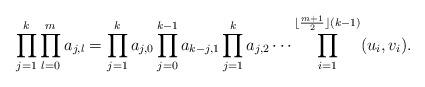
LaTeX: \begin{align*} \prod_{j=1}^k\prod_{l=0}^m a_{j,l} =\prod_{j=1}^ka_{j,0}\prod_{j=0}^{k-1} a_{k-j,1}\prod_{j=1}^ka_{j,2}\cdots \prod_{i=1}^{\lfloor \frac {m+1} 2\rfloor(k-1)} (u_i,v_i). \end{align*}